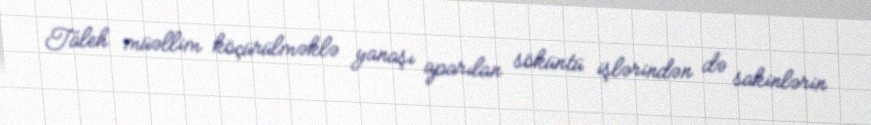
Taleh müəllim köçürülməklə yanaşı aparılan söküntü işlərindən də sakinlərin